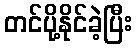
တင်ပို့နိုင်ခဲ့ပြီး